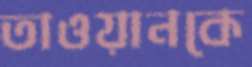
তাওয়ানকে